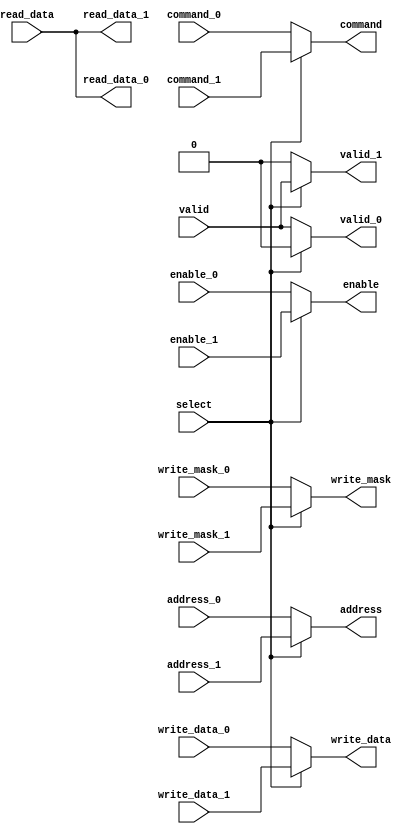
module memory_mux (
	input select,

	input enable_0,
	input command_0,
	input [31:0] address_0,
	input [31:0] write_data_0,
	input [3:0]  write_mask_0,
	output [31:0] read_data_0,
	output valid_0,
	
	input enable_1,
	input command_1,
	input [31:0] address_1,
	input [31:0] write_data_1,
	input [3:0]  write_mask_1,
	output [31:0] read_data_1,
	output valid_1,

	output enable,
	output command,
	output [31:0] address,
	output [31:0] write_data,
	output [3:0] write_mask,
	input [31:0] read_data,
	input valid
);

	assign enable = select ? enable_1 : enable_0;
	assign command = select ? command_1 : command_0;
	assign address = select ? address_1 : address_0;
	assign write_data = select ? write_data_1 : write_data_0;
	assign write_mask = select ? write_mask_1 : write_mask_0;
	assign read_data_1 = read_data;
	assign read_data_0 = read_data;
	assign valid_1 =  select ? valid : 1'b0;
	assign valid_0 = !select ? valid : 1'b0;

endmodule